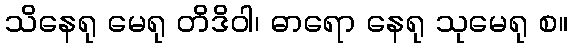
သိနေရု မေရု တိဒိဝါ၊ ဓာရော နေရု သုမေရု စ။